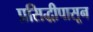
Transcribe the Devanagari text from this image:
प्रसिद्धीपासून